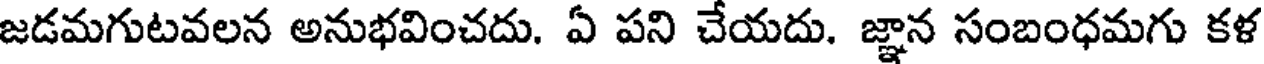
జడమగుటవలన అనుభవించదు. ఏ పని చేయదు. జ్ఞాన సంబంధమగు కళ